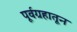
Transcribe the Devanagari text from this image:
पूर्वग्रहातून